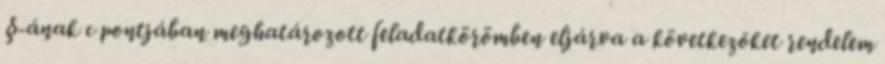
§-ának c pontjában meghatározott feladatkörömben eljárva a következõket rendelem